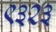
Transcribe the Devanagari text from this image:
९३२३